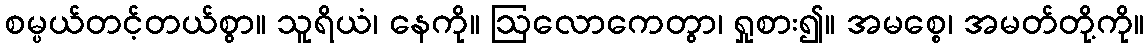
စမ္ပယ်တင့်တယ်စွာ။ သူရိယံ၊ နေကို။ ဩလောကေတွာ၊ ရှုစား၍။ အမစ္စေ၊ အမတ်တို့ကို။